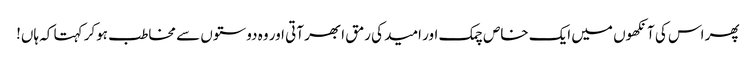
پھر اس کی آنکھوں میں ایک خاص چمک اور امید کی رمق ابھر آتی اور وہ دوستوں سے مخاطب ہوکر کہتا کہ ہاں!